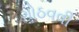
ગોઠવવી